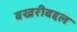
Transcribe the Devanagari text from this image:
बखरीबद्दल